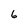
Character: 6